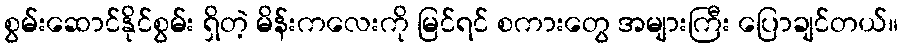
စွမ်းဆောင်နိုင်စွမ်း ရှိတဲ့ မိန်းကလေးကို မြင်ရင် စကားတွေ အများကြီး ပြောချင်တယ်။